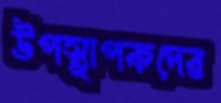
উপস্থাপকদের